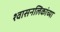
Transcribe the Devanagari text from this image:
श्वासनलिकांच्या